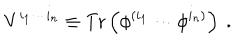
V ^ { i _ { 1 } \cdots i _ { n } } \equiv \mathrm { T r } \left( \phi ^ { ( i _ { 1 } } \cdots \phi ^ { i _ { n } ) } \right) ~ .